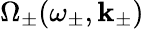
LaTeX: \Omega_{\pm}(\omega_{\pm},\mathbf{k}_{\pm})